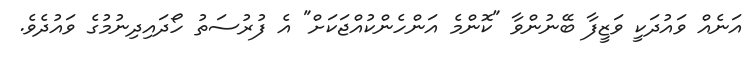
އަނެއް ވައުދަކީ ވަޒީފާ ބޭނުންވާ "ކޮންމެ އަންހެންކުއްޖަކަށް" އެ ފުރުސަތު ހޯދައިދިނުމުގެ ވައުދެވެ.